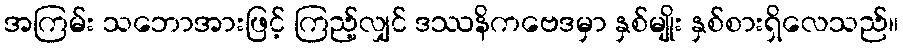
အကြမ်း သဘောအားဖြင့် ကြည့်လျှင် ဒဿနိကဗေဒမှာ နှစ်မျိုး နှစ်စားရှိလေသည်။